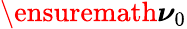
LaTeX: \ensuremath{\boldsymbol\nu}_{0}